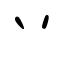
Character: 丷